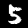
Digit: 5